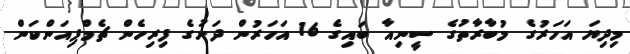
މިދިޔަ އަހަރުގެ މުބާރާތުގެ ސީނިއާ ބައިގެ 16 އަހަރުން ދަށުގެ ފިރިހެން ޗެމްޕިއަންކަން